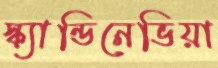
স্ক্যান্ডিনেভিয়া